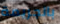
بالجريمة